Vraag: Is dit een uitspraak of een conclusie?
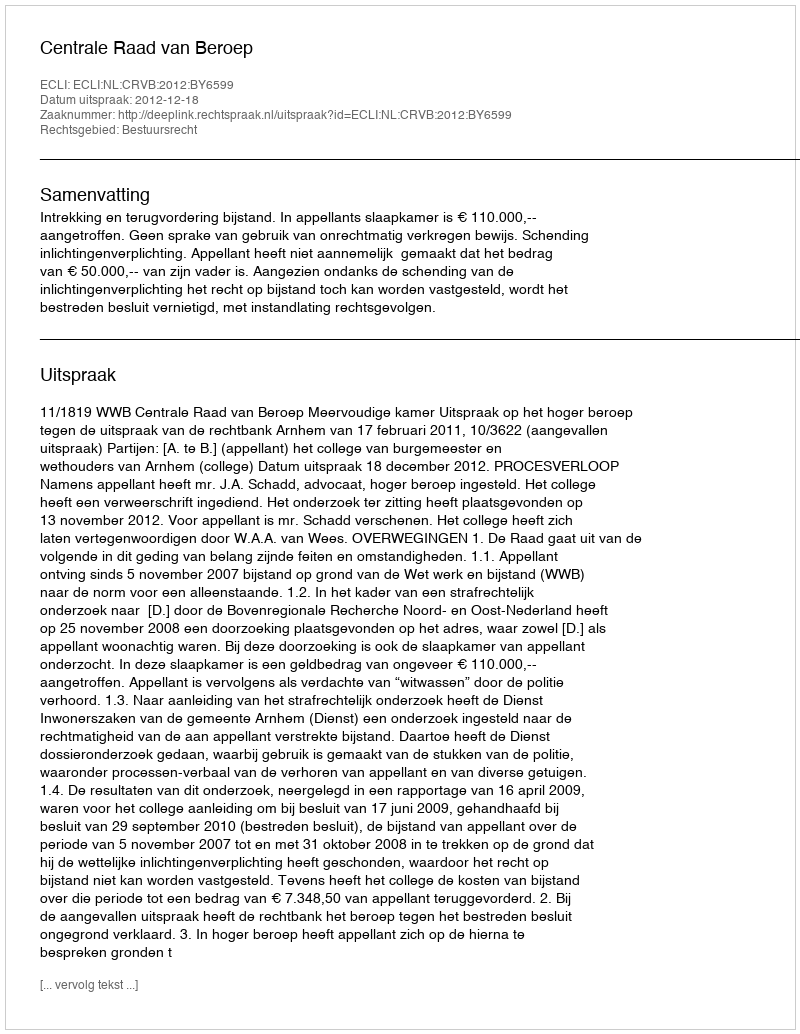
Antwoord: Uitspraak